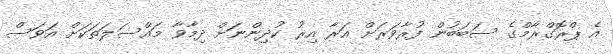
އެ ޕްރޮގްރާމްގެ ސަބަބުން ފުރާވަރަށް އަރާ އިރު ކުދިންނަށް ދިމާވާ މައްސަލަތަކަށް އަވަސް